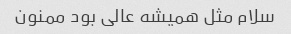
سلام مثل همیشه عالی بود ممنون